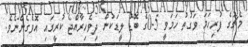
މެޗުގެ ފުރިހަމަ ވަގުތު ހަމަވީ 5-0ގެ ބޮޑު ލީޑަކުން ދިވެހިރާއްޖެ ކުރީގައި އޮވެގެންނެވެ.